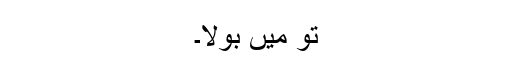
تو میں بولا۔